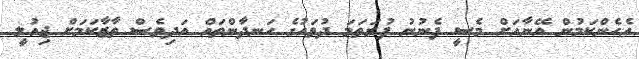
އެހެންކަމުން އޭނާއަށް މެސީ ފެނުނު ފުރަތަމަ ދުވަހުގެ ހަނދާންތައް އަދިވެސް ތާޒާކަމަށް ޖިއުލީ